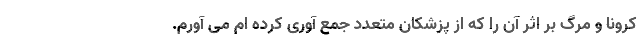
کرونا و مرگ بر اثر آن را که از پزشکان متعدد جمع آوری کرده ام می آورم.